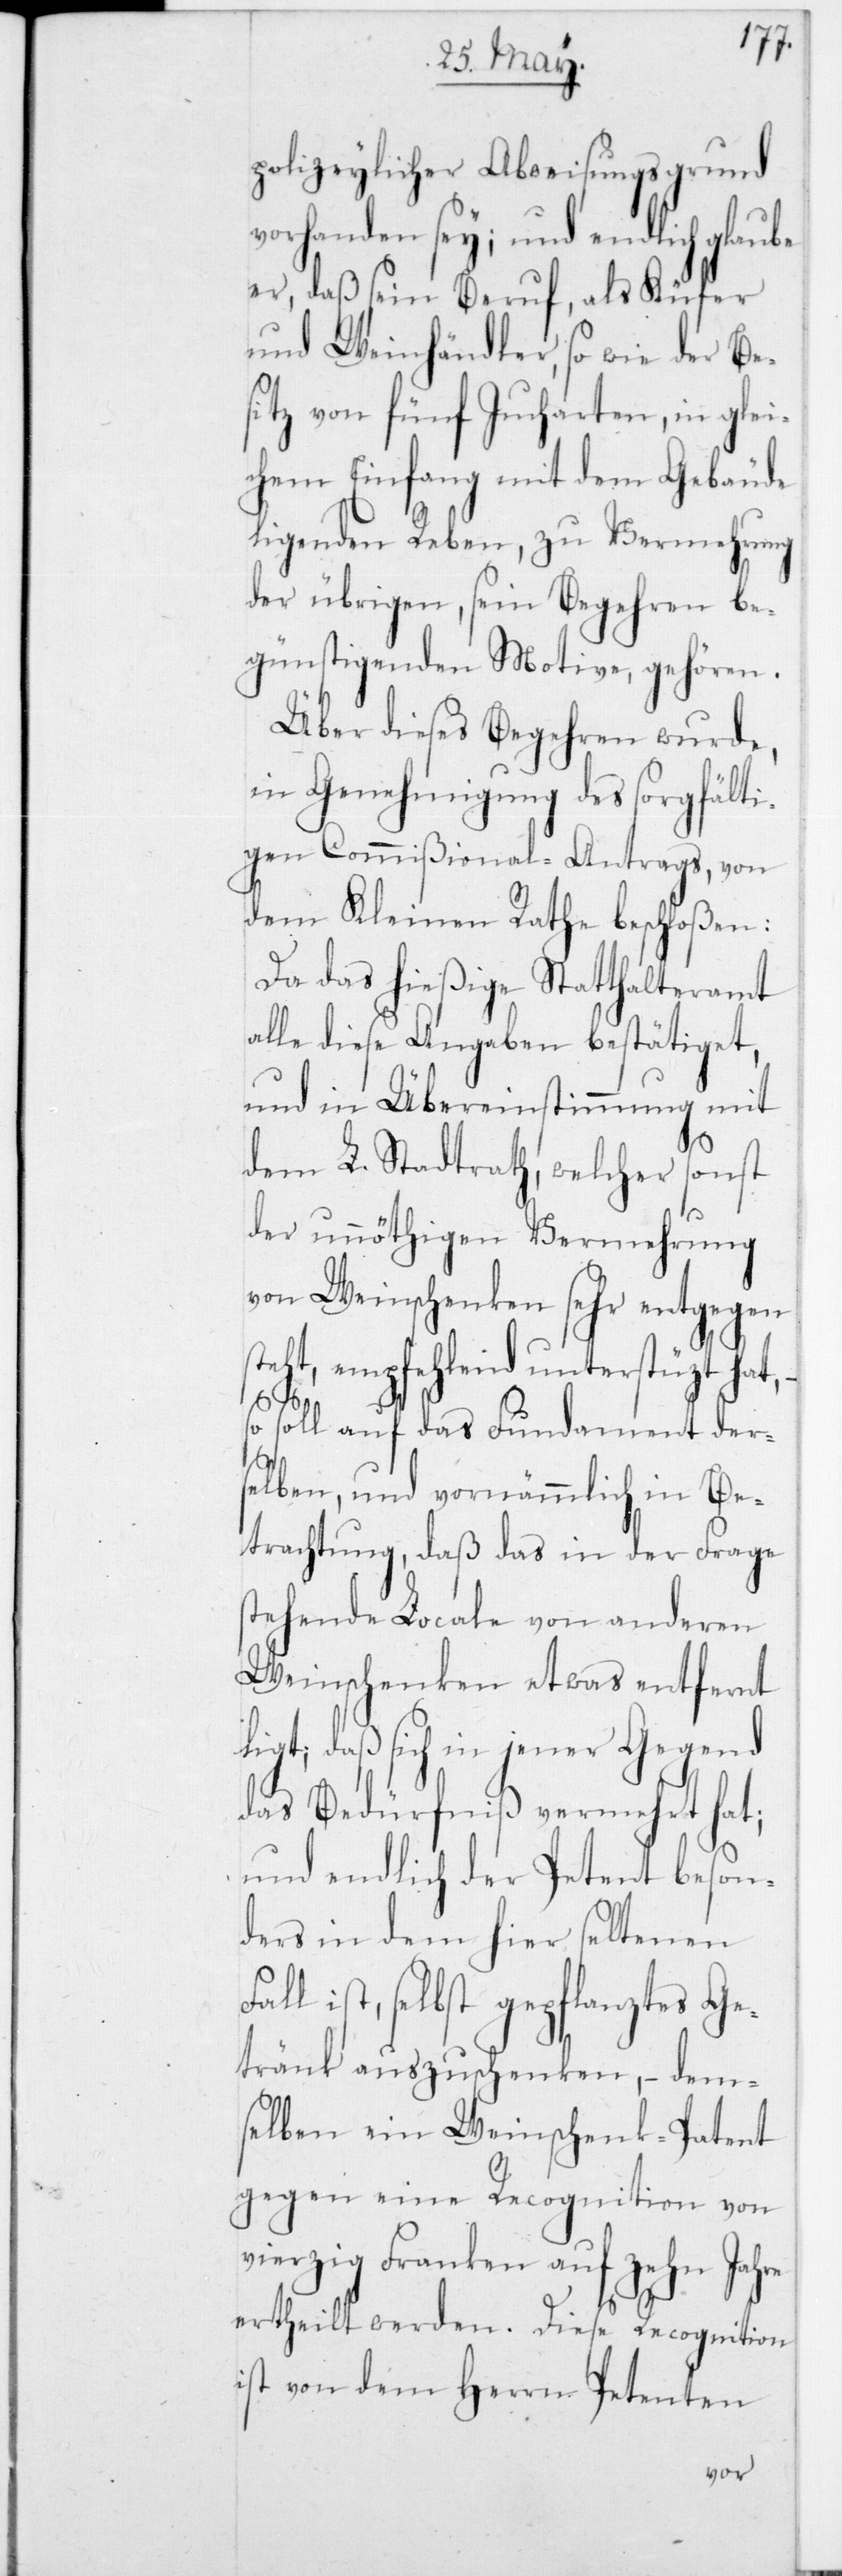
polizeylicher Abweisungsgrund
vorhanden sey; und endlich
er, daß sein Beruf, als Küfer
und Weinhändler sowie der Be¬
sitz von fünf Jucharten, in glei¬
chem Einfang mit dem Gebäude
ligenden Reben, zu Vermehrung
der übrigen, sein Begehren be¬
günstigenden Motive, gehören.
Über dieses Begehren wurde,
in Genehmigung des sorgfälti¬
gen Commißional-Antrags, von
dem Kleinen Rathe beschloßen:
Da das hießige Statthalteramt
alle diese Angaben bestätiget,
und in Übereinstimmung mit
dem L. Stadtrath, welcher sonst
der unnöthigen Vermehrung
von Weinschenken sehr entgegen
steht, empfehlend unterstützt hat,
soll auf das Fundament ders¬
elben, und vornämmlich in Be¬
trachtung, daß das in der Frage
stehende Locale von anderen
Weinschenken etwas entfern
liegt; daß sich in jener Gegend
das Bedürfniß vermehrt hat;
und endlich der Petent beson¬
ders in dem hier seltenen
ist, selbst gepflanztes Ge¬
tränk auszuschenken, – dem¬
selben ein Weinschenk-Patent
gegen eine Recognition von
40 Franken auf zehn Jahre
ertheilt werden. Diese Recognition
ist von dem Herrn Petenten